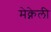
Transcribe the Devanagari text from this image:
मेक्नेली